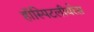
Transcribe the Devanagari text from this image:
हॉस्पिटलीयरेस